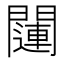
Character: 𲈱